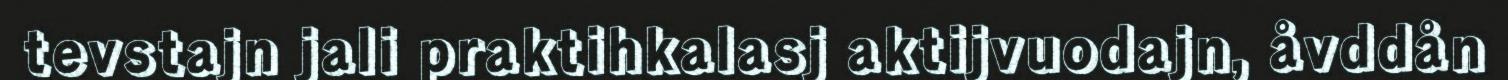
tevstajn jali praktihkalasj aktijvuodajn, åvddån